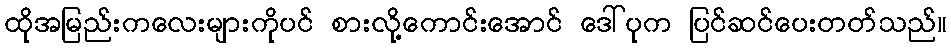
ထိုအမြည်းကလေးများကိုပင် စားလို့ကောင်းအောင် ဒေါ်ပုက ပြင်ဆင်ပေးတတ်သည်။